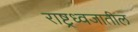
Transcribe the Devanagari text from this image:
राष्ट्रध्वजातील